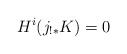
\begin{align*}H^i(j_{!*}K)=0 \end{align*}